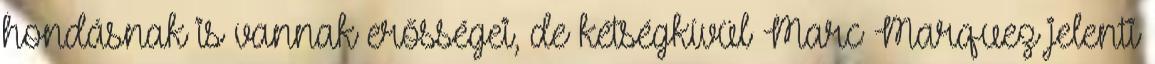
hondásnak is vannak erősségei, de kétségkívül Marc Marquez jelenti